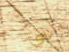
مارسي